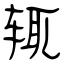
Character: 辄